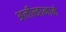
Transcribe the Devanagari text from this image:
अलीखानाने